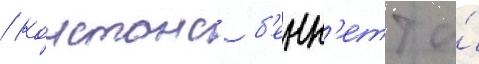
/ констанс б'енн'етт и́